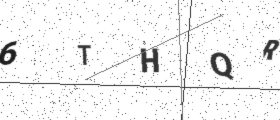
Text: 6THQR